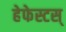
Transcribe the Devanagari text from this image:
हेफेस्टस्‌